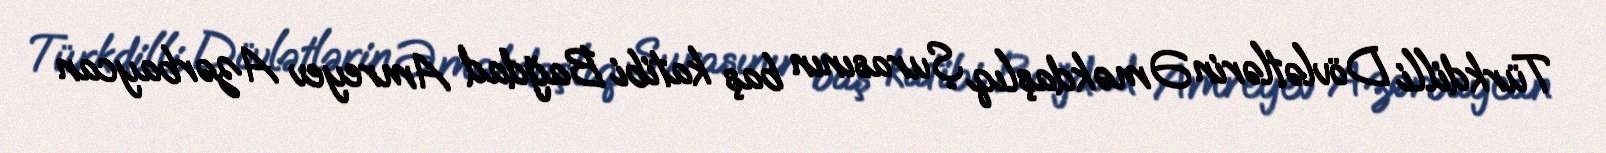
Türkdilli Dövlətlərin Əməkdaşlıq Şurasının baş katibi Bağdad Amreyev Azərbaycan